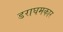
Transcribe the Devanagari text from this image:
डराघमकार